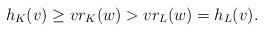
LaTeX: \begin{align*}h_K(v)\geq vr_K(w)>vr_L(w)=h_L(v).\end{align*}